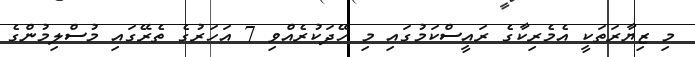
މި ޒިޔާރަތަކީ އެމެރިކާގެ ރައީސްކަމުގައި މި ހޭދަކުރެއްވި 7 އަހަރުގެ ތެރޭގައި މުސްލިމުންގެ